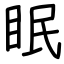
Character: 眠